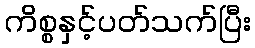
ကိစ္စနှင့်ပတ်သက်ပြီး